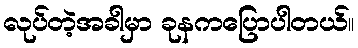
လုပ်တဲ့အခါမှာ ခုနကပြောပါတယ်။